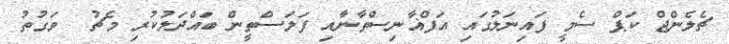
ޗެލެންޖް ކަޕް ސެމީ ފައިނަލުގައި އަފްޣާނިސްތާނާއި ފަލަސްތީން ބައްދަލުކުރި މެޗު  ވަގުތު